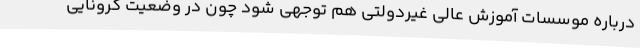
درباره موسسات آموزش عالی غیردولتی هم توجهی شود چون در وضعیت کرونایی